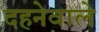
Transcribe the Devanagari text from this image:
दहनेवाले